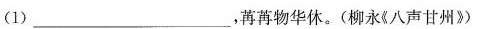
(1)___，苒苒物华休。(柳永《八声甘州》)